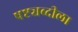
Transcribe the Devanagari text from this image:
षष्ट्यब्दीला